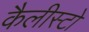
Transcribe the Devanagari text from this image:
कैलीस्टो